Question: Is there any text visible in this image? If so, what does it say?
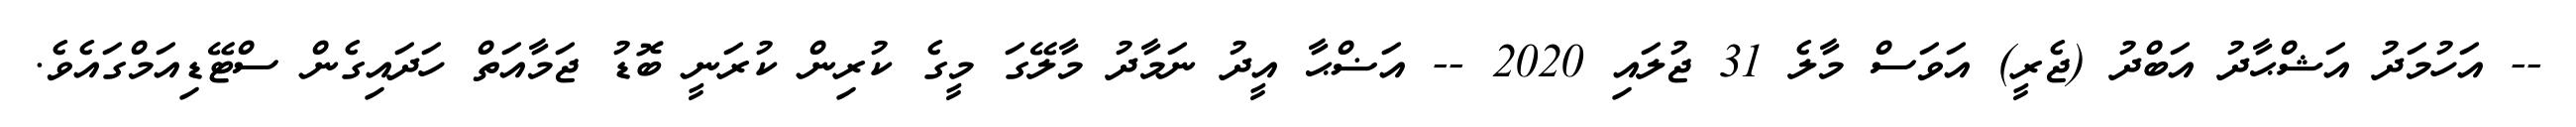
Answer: -- އަހުމަދު އަޝްޙާދު އަބްދު (ޖެރީ) އަވަސް މާލެ 31 ޖުލައި 2020 -- އަޟްޙާ އީދު ނަމާދު މާލޭގަ މީގެ ކުރިން ކުރަނީ ބޮޑު ޖަމާއަތް ހަދައިގެން ސްޓޭޑިއަމްގައެވެ.